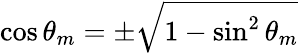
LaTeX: \cos\theta_{m}=\pm\sqrt{1-\sin^{2}\theta_{m}}